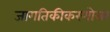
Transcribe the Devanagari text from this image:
जागतिकीकरणोत्तर